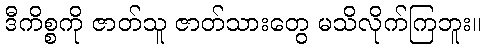
ဒီကိစ္စကို ဇာတ်သူ ဇာတ်သားတွေ မသိလိုက်ကြဘူး။